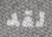
لقد